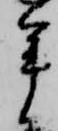
年